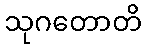
သုဂတောတိ